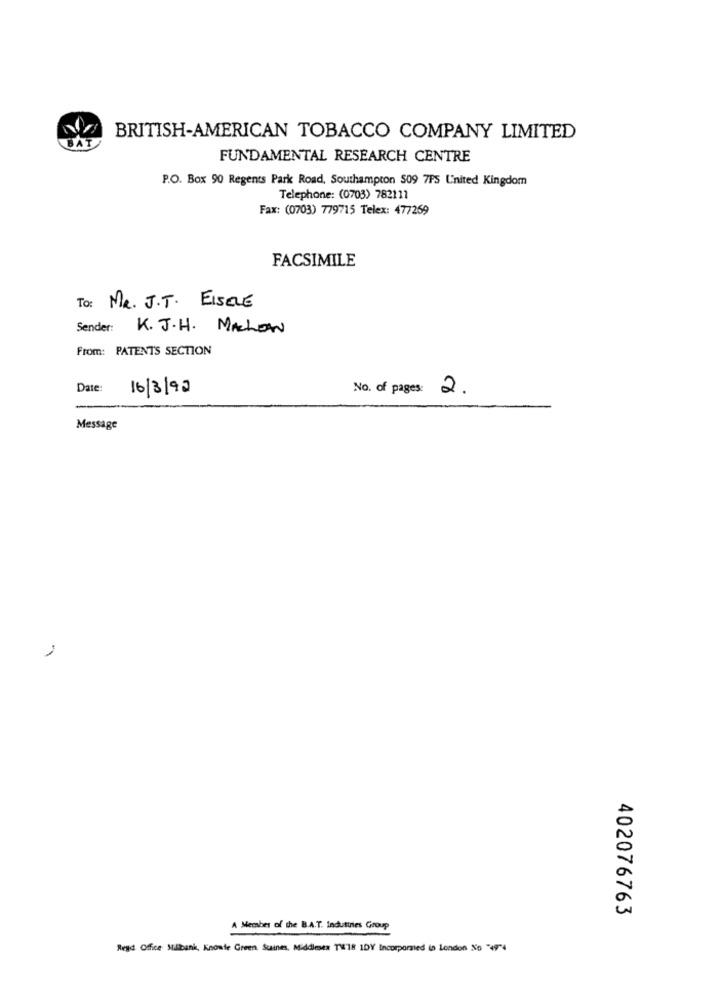
BRITISH-AMERICAN TOBACCO COMPANY LIMITED
FUNDAMENTAL RESEARCH CENTRE
P.O. Box 90 Regents Park Road, Southampton $09 7PS L'inited Kingdom
Telephone: (0703) 782111
Fax: (0703) 779715 Telex: 477269
FACSIMILE
To: MR. J.T. EISELE
Sender: K. J.H. MALOW
From: PATENTS SECTION
Date:
16/3/93
No. of pages: 2.
Message
402076763
A Member of the B.A.T. Industries Group
Regd Ofice Milbank, Koosle Green Saines, Middlemen TW18 1DY Incorporated is London No "4974